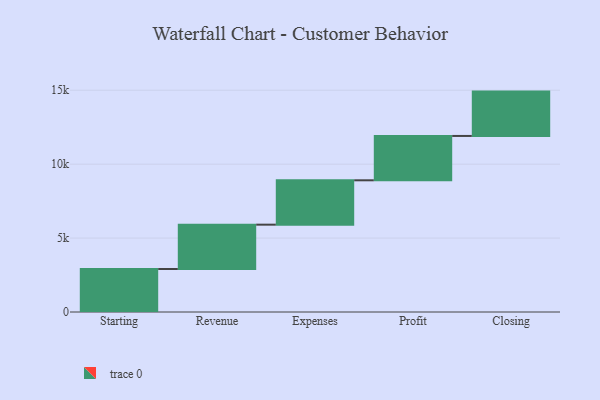
{"axis": {"x": "Step", "y": "Value"}, "legend": [""], "data": [{"x": "Starting", "y": 2908.0, "type": ""}, {"x": "Revenue", "y": 3000, "type": ""}, {"x": "Expenses", "y": 3000, "type": ""}, {"x": "Profit", "y": 3000, "type": ""}, {"x": "Closing", "y": 3000, "type": ""}]}